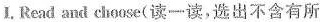
1.Read and choose(读一读,选出不含有所